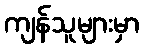
ကျန်သူများမှာ